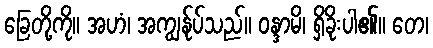
ခြေတို့ကို။ အဟံ၊ အကျွန်ုပ်သည်။ ဝန္ဒာမိ၊ ရှိခိုးပါ၏။ တေ၊